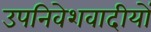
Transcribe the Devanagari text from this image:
उपनिवेशवादीयों